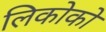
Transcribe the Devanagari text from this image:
लिकोको